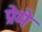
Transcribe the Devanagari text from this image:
प्रेमे